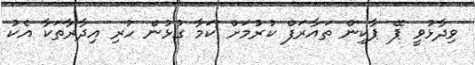
ވިދާޅުވީ ޕޭ ޕާކިން ތައާރަފް ކުރުމަށް ކަމާ ގުޅުން ހުރި އިދާރާތަކާ އެކު